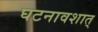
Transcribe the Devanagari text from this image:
घटनावशात्